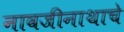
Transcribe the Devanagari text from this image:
नावजीनाथाचे